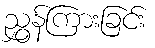
ညွှန်ကြားခြင်း